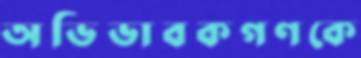
অভিভাবকগণকে